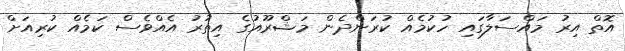
އޮތް އިރު މައްސަލާގައި ހުކުމެއް ކުރަންދެން މަޝްރޫއުގެ އިތުރު އެއްވެސް ކަމެއް ކުރިއަށް